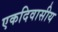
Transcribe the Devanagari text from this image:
एकदिवासीय